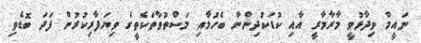
ނައީމް ވިދާޅުވީ މާރާމާރީ އާއި ކުޑަކުދިންނާ ބެހުމާއި މަސްތުވާތަކެތީގެ ވިޔަފާރިކުރުން ފަދަ ބޮޑެތި